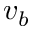
v _ { b }